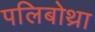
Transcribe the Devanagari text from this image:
पलिबोथ्रा